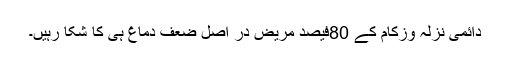
دائمی نزلہ وزکام کے 80فیصد مریض در اصل ضعف دماغ ہی کا شکا رہیں۔